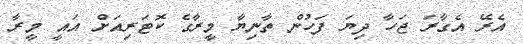
އެރޭ އެގާރަ ޖަހާ ދިޔަ ފަހުން ތާނިޔާ މީރާގެ ކޮޓަރިއަށް އައީ މީރާ